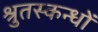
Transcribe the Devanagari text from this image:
श्रुतस्कन्धों